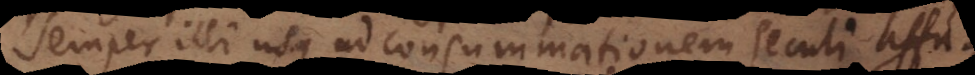
semper illi usque ad consummationem seculi affu